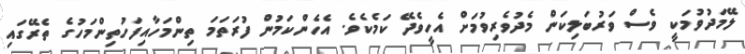
ލޭމަދުވުމަކީ ވެސް ވަރުބަލިކަން މެދުވެރިވުމަށް އެހީވެދޭ ކަމެކެވެ. އެހެންކަމުން ފުރަތަމަ ތިންމަހާއިފަހުތިންމަހުގެ ތެރޭގައި